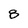
Character: 8